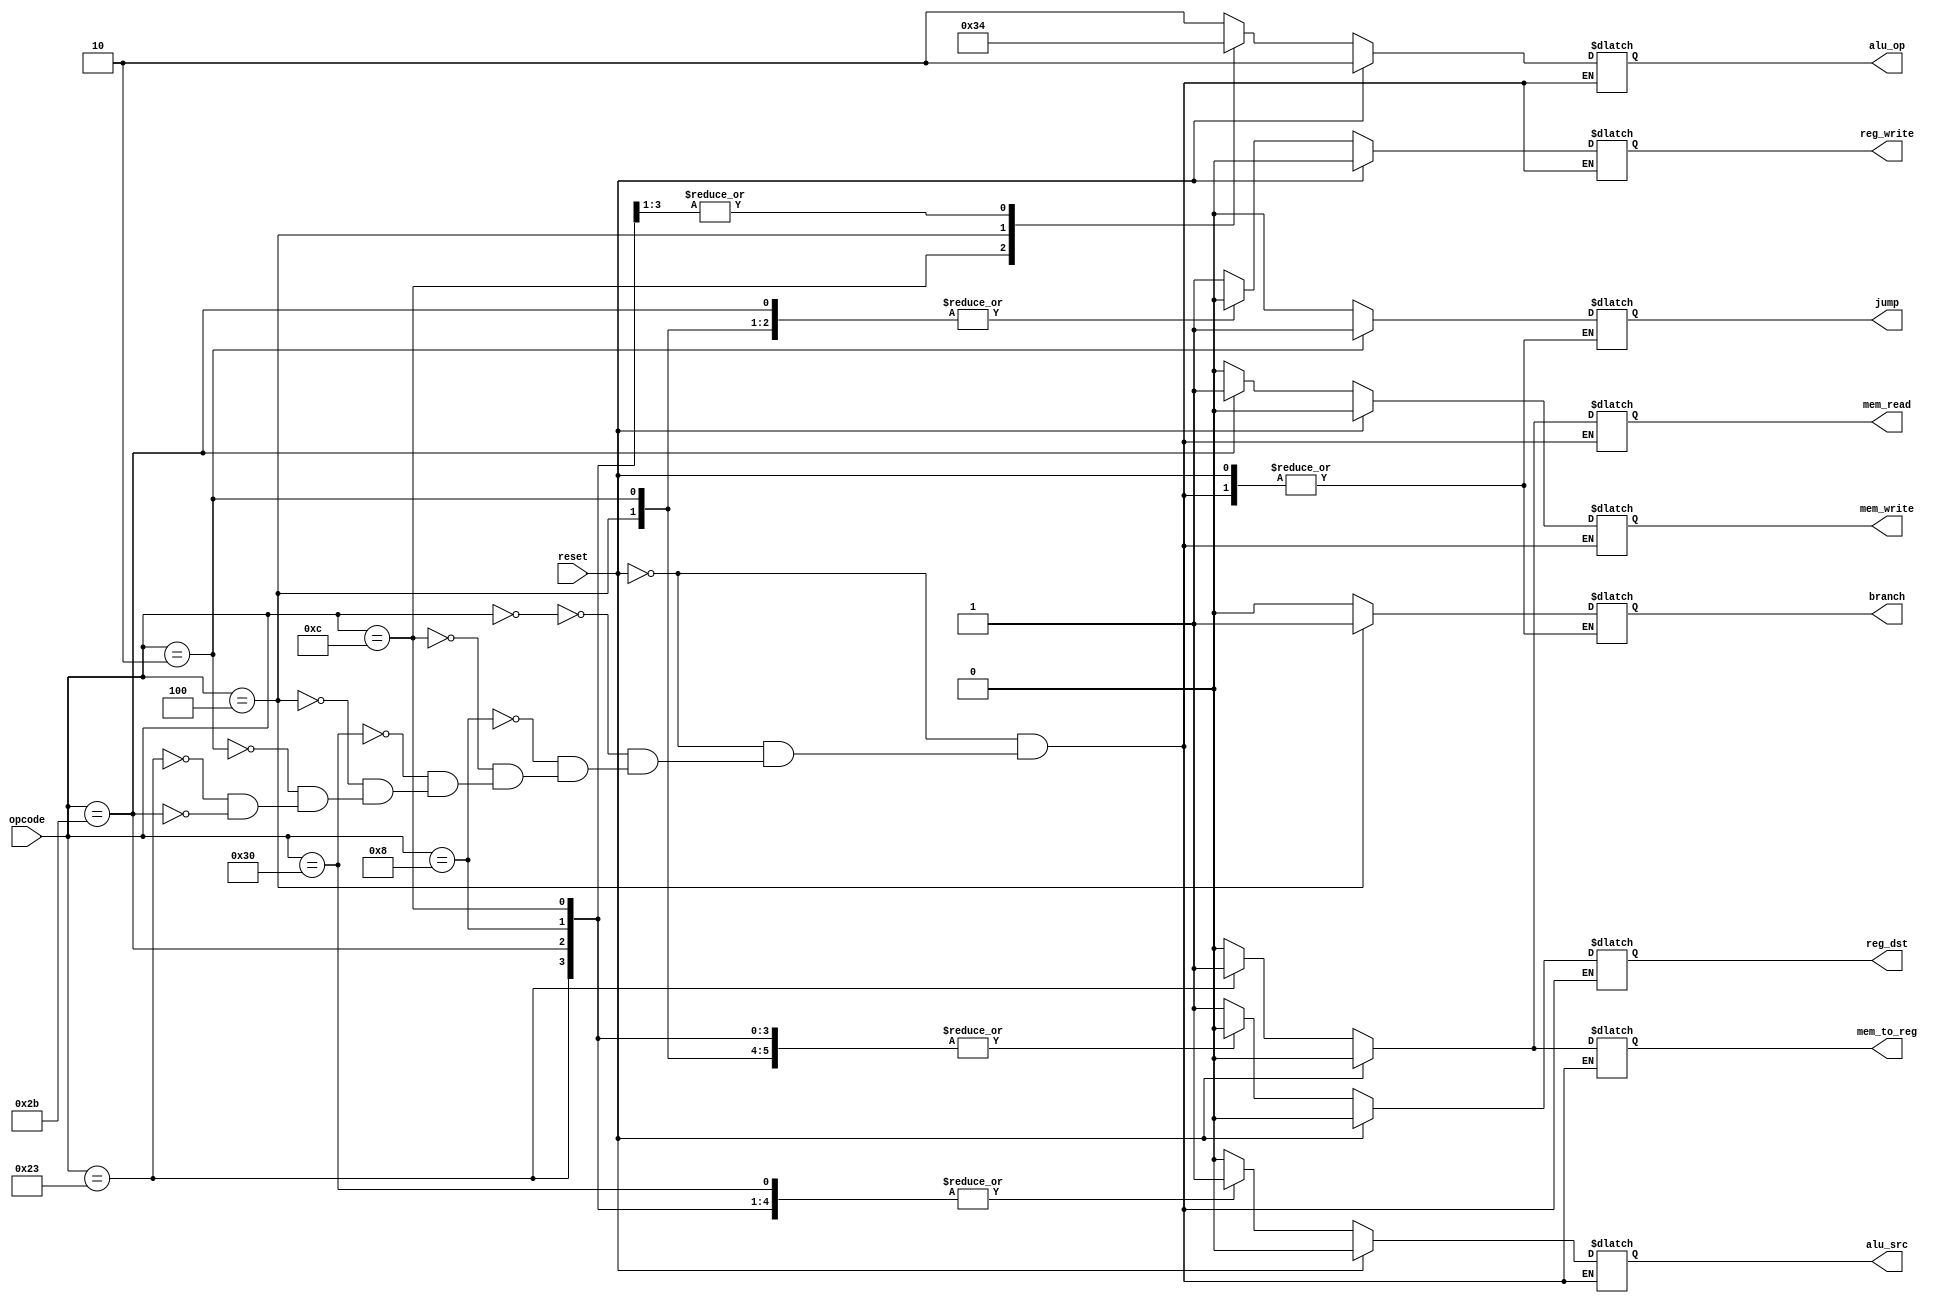
`timescale 1ns / 1ps
//////////////////////////////////////////////////////////////////////////////////
// Company: 
// Engineer: 
// 
// Design Name: 
// Module Name: control
// Project Name: 
// Target Devices: 
// Tool Versions: 
// Description: 
// 
// Dependencies: 
// 
// Revision:
// Revision 0.01 - File Created
// Additional Comments:
// 
//////////////////////////////////////////////////////////////////////////////////


module control(
    input reset,
    input[5:0] opcode,  
    output reg reg_dst, mem_to_reg, 
    output reg [1:0] alu_op,  
    output reg mem_read, mem_write, alu_src, reg_write, branch, jump 
    );


always @(*)  
 begin  
      if(reset == 1'b1) begin  
                reg_dst = 1'b0;  
                mem_to_reg = 1'b0;  
                alu_op = 2'b10;  
                mem_read = 1'b0;  
                mem_write = 1'b0;  
                alu_src = 1'b0;  
                reg_write = 1'b0;      
      end  
      else begin  
      case(opcode)   
      6'b000000: begin // add, and, nor, or, slt, sub, xor, mult, div
                reg_dst = 1'b1;  // 1 for R-type, takes instruction[15:11] as write register
                mem_to_reg = 1'b0;  
                alu_op = 2'b10;  
                mem_read = 1'b0;  
                mem_write = 1'b0;  
                alu_src = 1'b0;  // 0 for R-type, does not take sign extend block
                reg_write = 1'b1;
                branch = 1'b0;
                jump = 1'b0;       
                end
                
      6'b001000: begin // addi 
                reg_dst = 1'b0;  // 0 for R-type, copies instruction[20:16] as "write" register, technically does not have one
                mem_to_reg = 1'b0;  
                alu_op = 2'b00;  
                mem_read = 1'b0;  
                mem_write = 1'b0;  
                alu_src = 1'b1; // 1 for immediate (constant) instructions, takes sign extend block
                reg_write = 1'b1;
                branch = 1'b0;
                jump = 1'b0;      
                end 
                
       6'b001100: begin // andi 
                reg_dst = 1'b0;  
                mem_to_reg = 1'b0;  
                alu_op = 2'b11;  
                mem_read = 1'b0;  
                mem_write = 1'b0;  
                alu_src = 1'b1;  
                reg_write = 1'b1; 
                branch = 1'b0;
                jump = 1'b0;          
                end
                
      6'b110000: begin // sll, srl, sra 
                reg_dst = 1'b1;  
                mem_to_reg = 1'b0;  
                alu_op = 2'b10;  
                mem_read = 1'b0;  
                mem_write = 1'b0;  
                alu_src = 1'b1;  
                reg_write = 1'b1; 
                branch = 1'b0;
                jump = 1'b0;    
                end
                
       6'b000100: begin // beq 
                reg_dst = 1'b0;  
                mem_to_reg = 1'b0;  
                alu_op = 2'b01;  
                mem_read = 1'b0;  
                mem_write = 1'b0;  
                alu_src = 1'b0;  
                reg_write = 1'b0;
                branch = 1'b1;
                jump = 1'b0;
                end
      
       6'b000010: begin // jump 
                reg_dst = 1'b0;  
                mem_to_reg = 1'b0;  
                alu_op = 2'bxx;  
                mem_read = 1'b0;  
                mem_write = 1'b0;  
                alu_src = 1'b0;  
                reg_write = 1'b0; 
                branch = 1'b0;
                jump = 1'b1;
                end
        
      6'b100011: begin // lw  
                reg_dst = 1'b0;  
                mem_to_reg = 1'b1;  
                alu_op = 2'b00;    
                mem_read = 1'b1;  
                mem_write = 1'b0;  
                alu_src = 1'b1;  
                reg_write = 1'b1;
                branch = 1'b0;
                jump = 1'b0;     
                end  
   
      6'b101011: begin // sw  
                reg_dst = 1'b0;  
                mem_to_reg = 1'b0;  
                alu_op = 2'b00;    
                mem_read = 1'b0;  
                mem_write = 1'b1;  
                alu_src = 1'b1;  
                reg_write = 1'b0;
                branch = 1'b0;
                jump = 1'b0;    
                end  
      
      endcase  
      end  
 end 
 endmodule